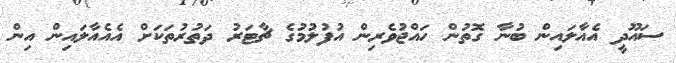
ސައޫދީ އެއާލައިން ބުނާ ގޮތުން ހައްޖުވެރިން އުފުލުމުގެ ޗާޓަރު ދަތުރުތަކަށް އެއެއާލައިން އިން